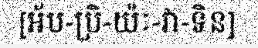
[អ័ប-ប្រិ-យ៉ៈ-វា-ទិន]